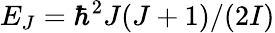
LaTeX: E_{J}=\hbar^{2}J(J+1)/(2I)